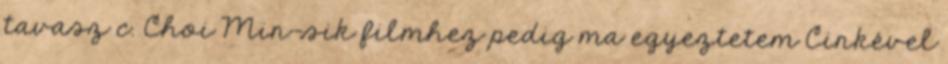
tavasz c. Choi Min-sik filmhez pedig ma egyeztetem Cinkével